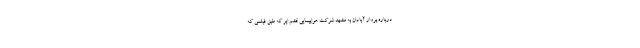
درباره پرواز آبادان به مشهد شرکت هواپیمایی قشم ایر که طبق فیلمی که